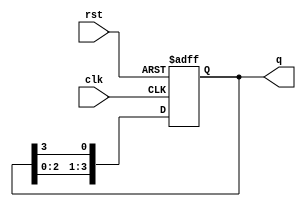
module ring_counter #(parameter N = 4) (
    input wire clk,      // Clock signal
    input wire rst,      // Asynchronous reset signal
    output reg [N-1:0] q // Output of the ring counter
);

// Asynchronous reset and counter logic
always @(posedge clk or posedge rst) begin
    if (rst) begin
        q <= 1'b1; // Initialize the first flip-flop to '1' and the others to '0'
    end else begin
        q <= {q[N-2:0], q[N-1]}; // Shift the '1' position to the right
    end
end

endmodule